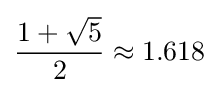
{\frac {1+{\sqrt {5}}}{2}}\approx 1.618